Language: tamil
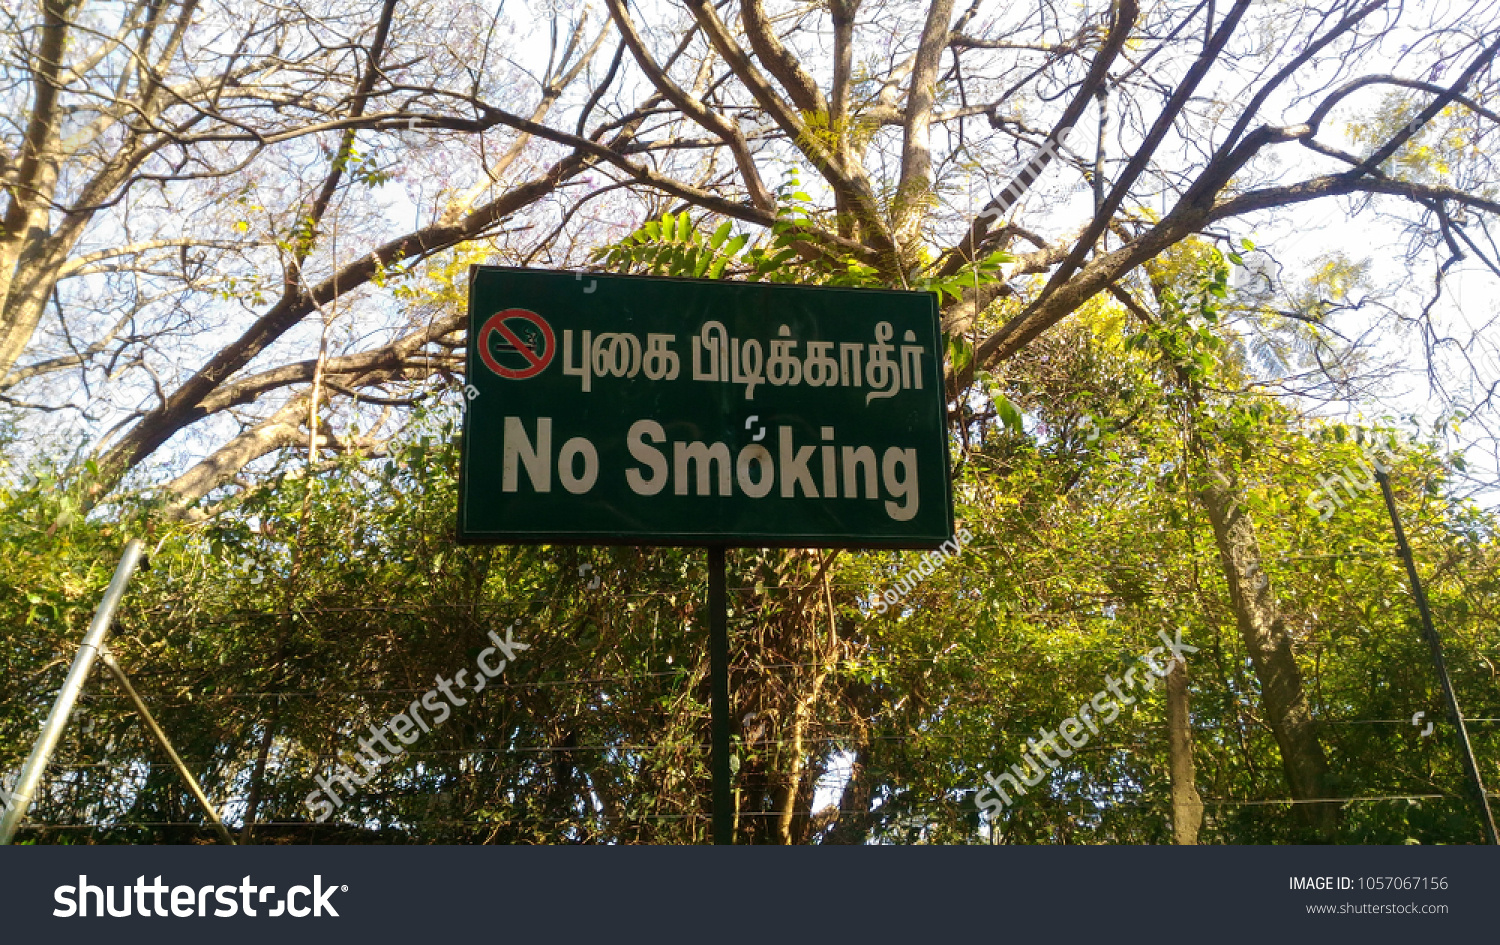
Transcription: புகை பிடிக்காதீா்